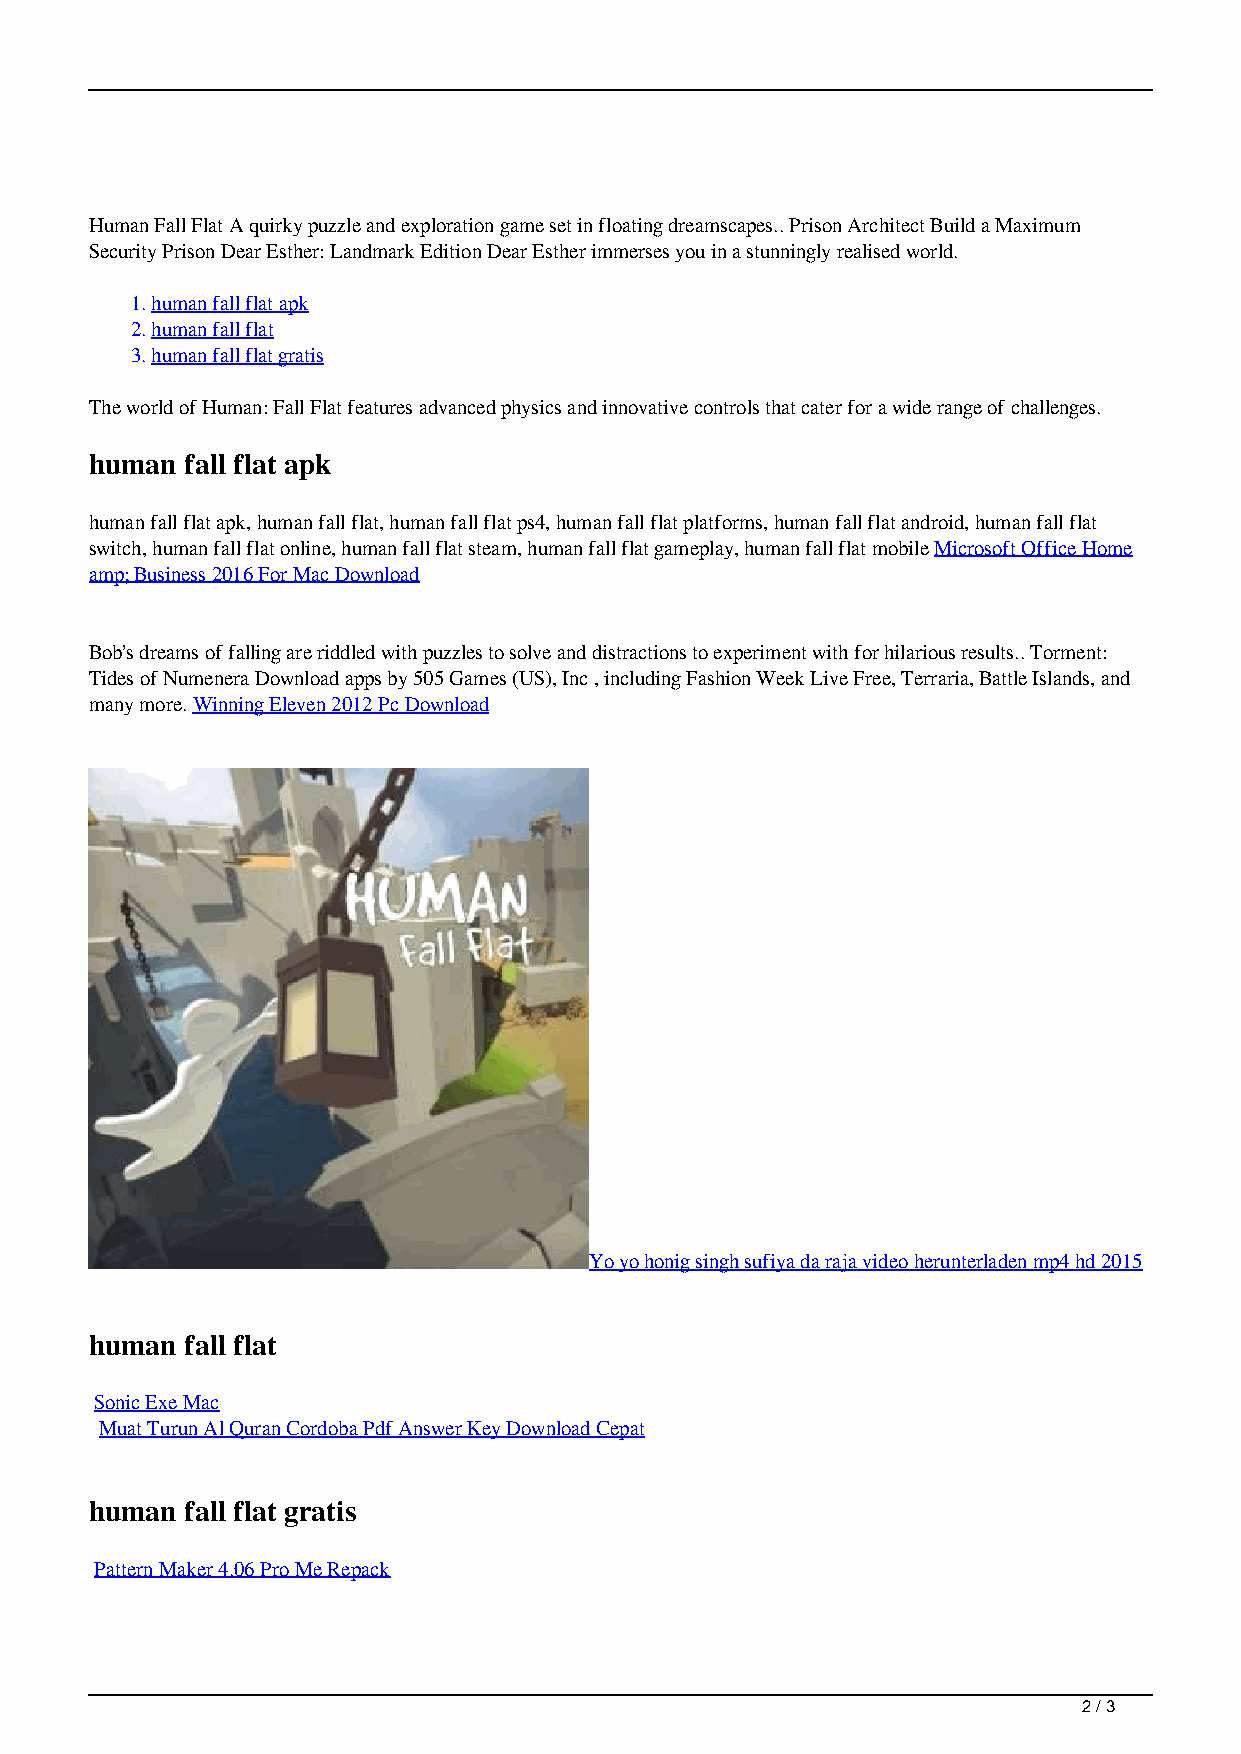
Human Fall Flat A quirky puzzle and exploration game set in floating dreamscapes.. Prison Architect Build a Maximum
 Security Prison Dear Esther: Landmark Edition Dear Esther immerses you in a stunningly realised world.
 1.human fall flat apk
 2.human fall flat
 3.human fall flat gratis
 The world of Human: Fall Flat features advanced physics and innovative controls that cater for a wide range of challenges.
 human fall flat apk
 human fall flat apk, human fall flat, human fall flat ps4, human fall flat platforms, human fall flat android, human fall flat
 switch, human fall flat online, human fall flat steam, human fall flat gameplay, human fall flat mobile Microsoft Office Home
 amp; Business 2016 For Mac Download
 Bob’s dreams of falling are riddled with puzzles to solve and distractions to experiment with for hilarious results.. Torment:
 Tides of Numenera ‎Download apps by 505 Games (US), Inc , including Fashion Week Live Free, Terraria, Battle Islands, and
 many more. Winning Eleven 2012 Pc Download
 Yo yo honig singh sufiya da raja video herunterladen mp4 hd 2015
 human fall flat
 Sonic Exe Mac
 Muat Turun Al Quran Cordoba Pdf Answer Key Download Cepat
 human fall flat gratis
 Pattern Maker 4.06 Pro Me Repack
 2 / 3